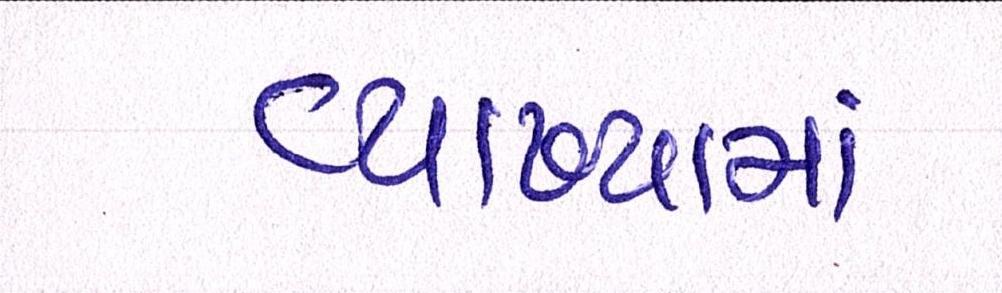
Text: વ્યાખ્યામાં